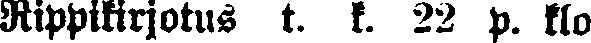
Rippikirjotus t. k. 22 p. klo